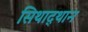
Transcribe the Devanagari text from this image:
सिथाद्थान